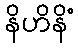
နိဟိနိံ